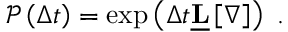
\begin{array} { r } { \mathcal { P } \left( \Delta t \right) = \exp \left( \Delta t \underline { { \mathbf { L } } } \left[ \boldsymbol { \nabla } \right] \right) } \end{array} .